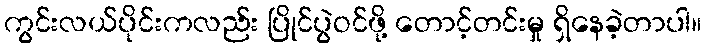
ကွင်းလယ်ပိုင်းကလည်း ပြိုင်ပွဲဝင်ဖို့ တောင့်တင်းမှု ရှိနေခဲ့တာပါ။